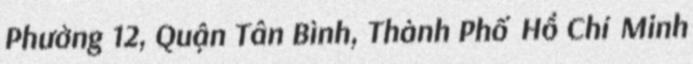
Phường 12, Quận Tân Bình, Thành Phố Hồ Chí Minh